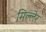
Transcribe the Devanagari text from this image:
मिल्लेर